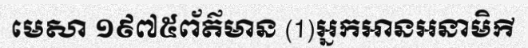
មេសា ១៩៧៥ព័ត៌មាន (1)អ្នកអានអនាមិកី